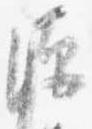
源